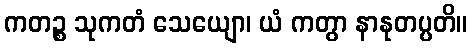
ကတဉ္စ သုကတံ သေယျော၊ ယံ ကတွာ နာနုတပ္ပတိ။